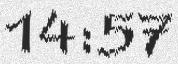
14:57